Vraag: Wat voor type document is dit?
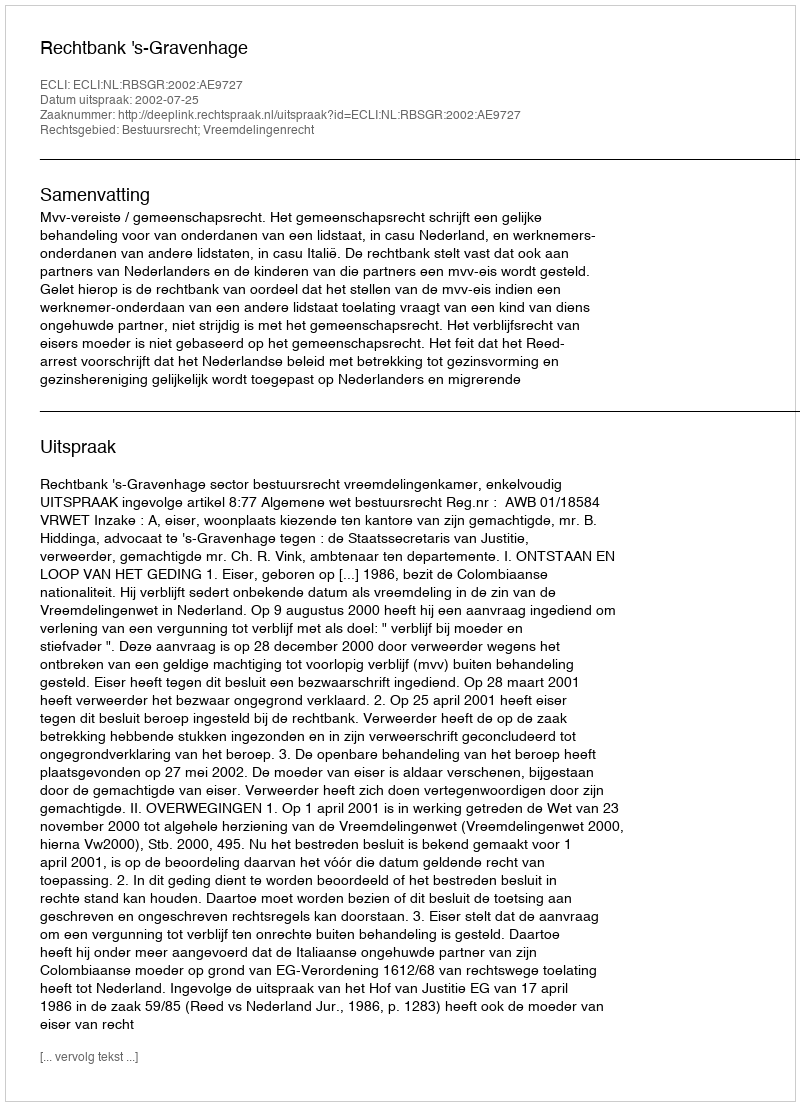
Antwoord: Uitspraak